kultuurilooline_kollektsioon, lk 71
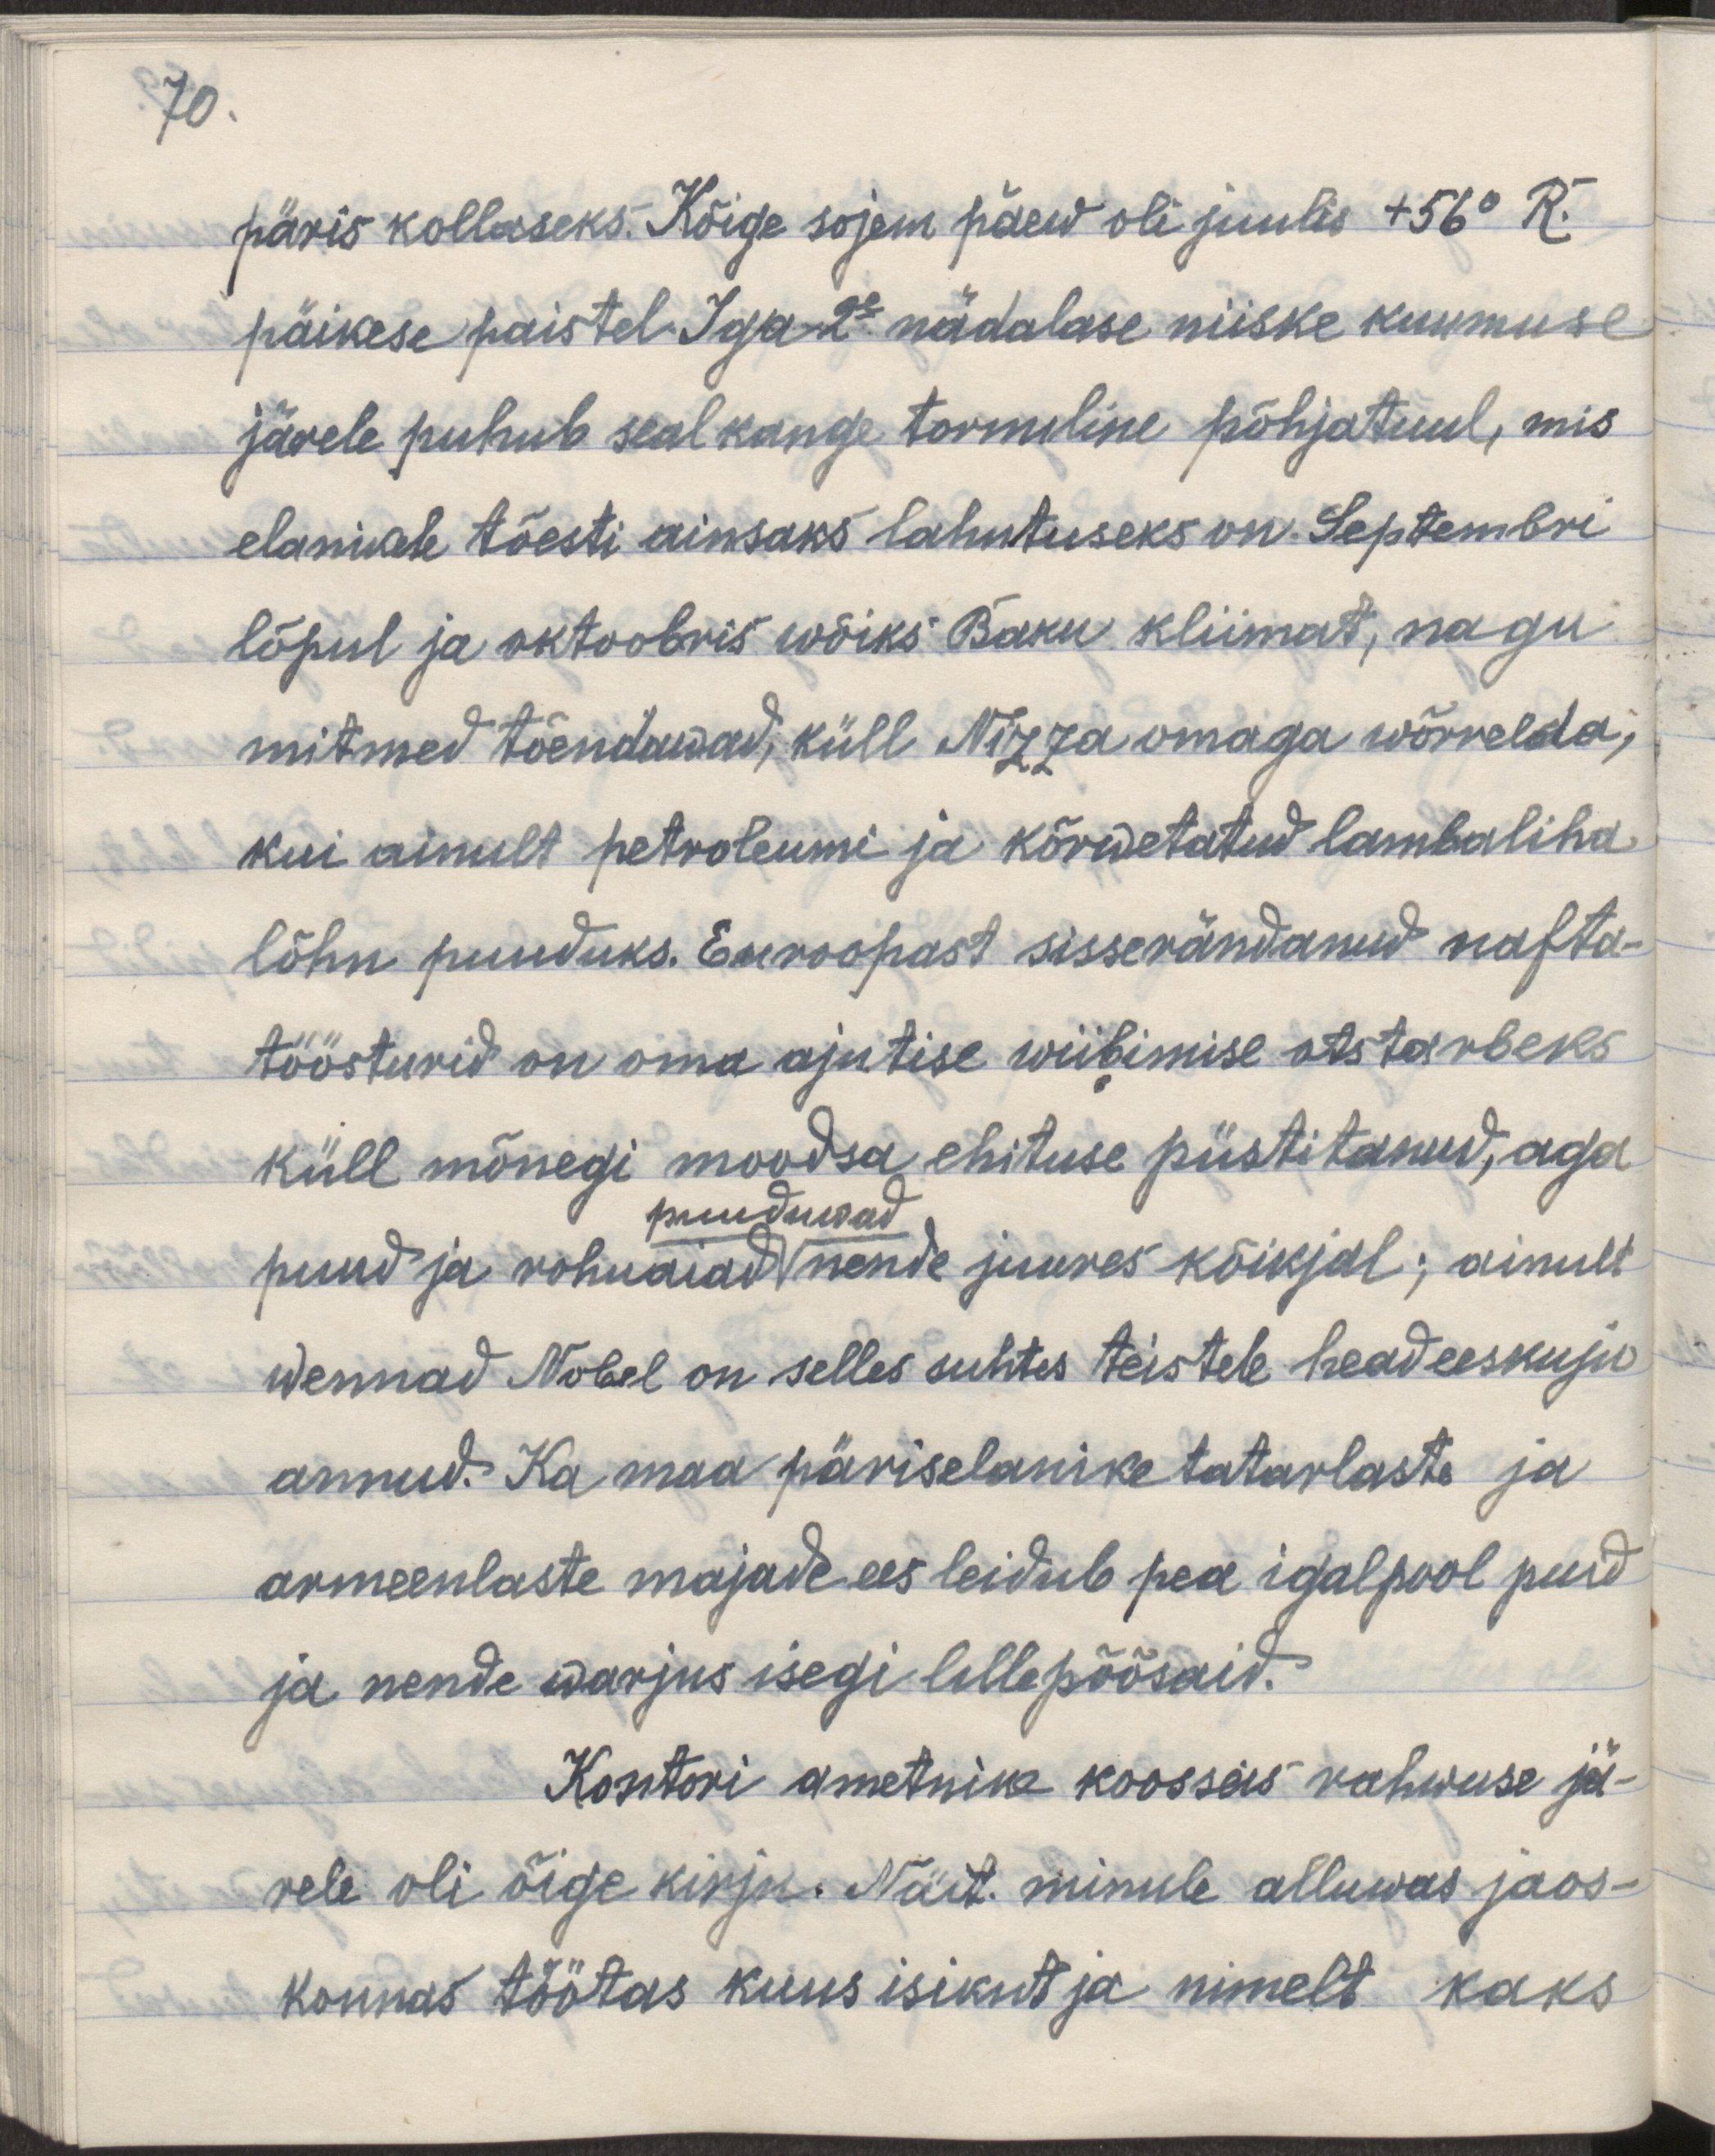
70.
Päris kollaseks. Kõige sojem päew oli juulis +56 R.
päikese paistel. Iga 2e nädalase niiske kuumuse
järele puhub seal kange tormiline põhjatuul, mis
elanikele tõesti ainsaks lahutuseks on. Septembri
lõpul ja oktoobris wõiks Baku kliimast, nagu
mitmed tõendawad, küll Nizza omaga wõrrelda,
kui ainult petroleumi ja kõrwetatud lambaliha
lõhn puuduks. Euroopast sisserändanud nafta
töösturid on oma ajutise wiibimise otstarbeks
küll mõnegi moodsa ehituse püstitanud, aga
puuduwad
puud ja rohuaiad nende juures kõikjal; ainult
wennad Nobel on selles suhtes teistele head eeskuju
annud. Ka maa päriselanike tatarlaste ja
armeenlaste majade ees leidub pea igalpool puid
ja nende warjus isegi lillepõõsaid.
Kontori ametnike kooseis rahwuse jä-
rele oli õige kirju. Näit. minule alluwas jaos-
konnas töötas kuus isikut ja nimelt kaks